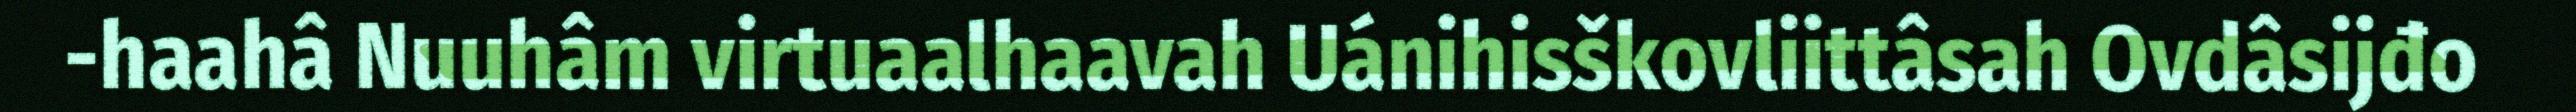
-haahâ Nuuhâm virtuaalhaavah Uánihisškovliittâsah Ovdâsijđo